Senior Leaving Certificate Examination (including Day School Certificate (Higher) General paper), 1947
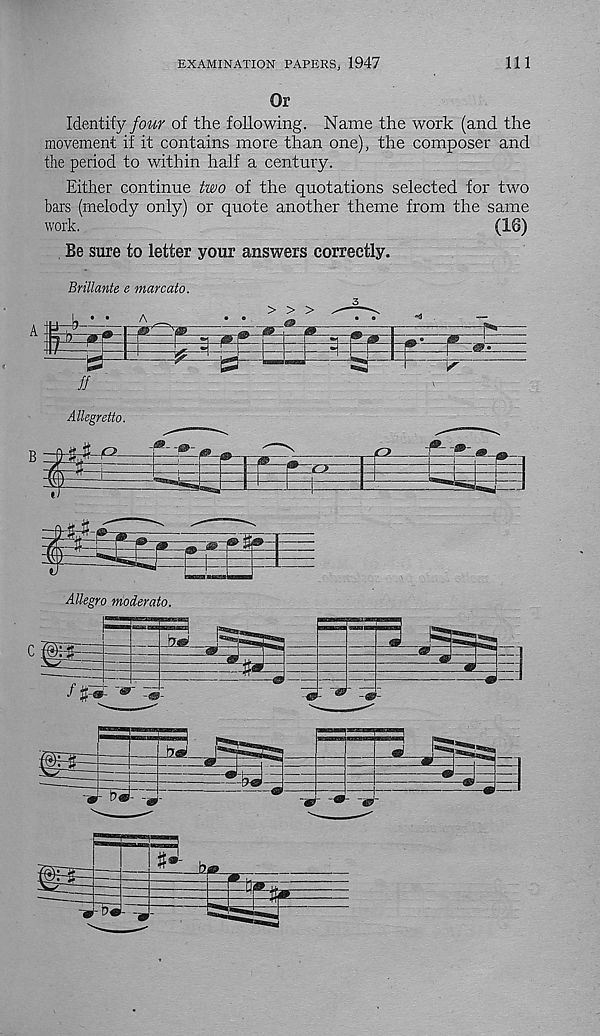
EXAMINATION PAPERS, 1947
111
Or
Identify four of the following. Name the work (and the
movement if it contains more than one), the composer and
the period to within half a century.
Either continue two of the quotations selected for two
bars (melody only) or quote another theme from the same
work.
(16)
Be sure to letter your answers correctly.
Brillcmte e marcato.
A